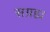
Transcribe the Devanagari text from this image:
सग्रह्य